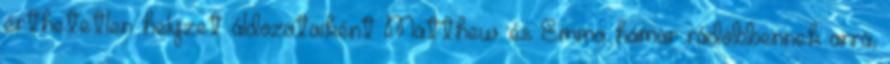
érthetetlen helyzet áldozataiként Matthew és Emma hamar rádöbbennek arra,